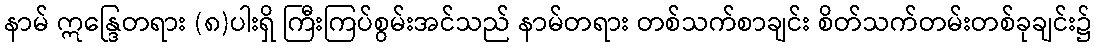
နာမ် ဣန္ဒြေတရား (၈)ပါးရှိ ကြီးကြပ်စွမ်းအင်သည် နာမ်တရား တစ်သက်စာချင်း စိတ်သက်တမ်းတစ်ခုချင်း၌